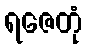
ရဇေတုံ